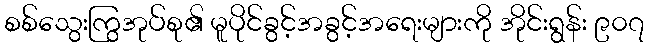
စစ်သွေးကြွအုပ်စု၏ မူပိုင်ခွင့်အခွင့်အရေးများကို အိုင်းရွန်း ၉၀၇